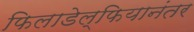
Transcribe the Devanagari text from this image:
फिलाडेल्फियानंतर